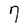
Character: 7